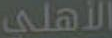
الأهلي